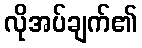
လိုအပ်ချက်၏